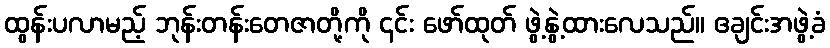
ထွန်းပလာမည့် ဘုန်းတန်းတေဇာတို့ကို ၎င်း ဖော်ထုတ် ဖွဲ့နွဲ့ထားလေသည်။ ဧချင်းအဖွဲ့ခံ